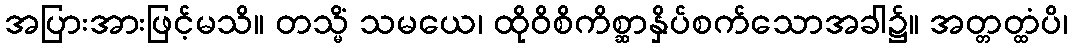
အပြားအားဖြင့်မသိ။ တသ္မိံ သမယေ၊ ထိုဝိစိကိစ္ဆာနှိပ်စက်သောအခါ၌။ အတ္တတ္ထံပိ၊